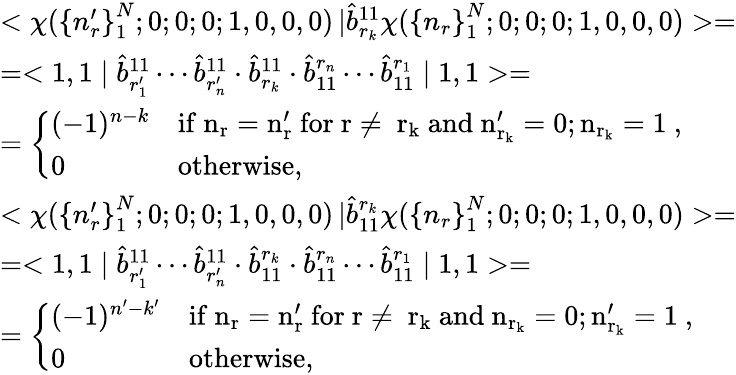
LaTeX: \begin{array}{l}{{<\chi({\{ n_{r}^{\prime}\} }_{1}^{N};0;0;0;1,0,0,0)\left|\right.\hat{b}_{r_{k}}^{11}\chi({\{ n_{r}\} }_{1}^{N};0;0;0;1,0,0,0)>=}}\\ {{=<1,1\mid\hat{b}_{r_{1}^{\prime}}^{11}\cdots\hat{b}_{r_{n}^{\prime}}^{11}\cdot\hat{b}_{r_{k}}^{11}\cdot\hat{b}_{11}^{r_{n}}\cdots\hat{b}_{11}^{r_{1}}\mid 1,1>=}}\\ {{=\left\{ \begin{array}{ll}{{(-1)^{n-k}}}&{{\mathrm{if~n_{r}=n_{r}^{\prime}~for~r\neq~r_{k}~and~n_{r_{k}}^{\prime}=0;n_{r_{k}}=1~},}}\\ {{0}}&{{\mathrm{otherwise},}}\end{array}\right.}}\\ {{<\chi({\{ n_{r}^{\prime}\} }_{1}^{N};0;0;0;1,0,0,0)\left|\right.\hat{b}_{11}^{r_{k}}\chi({\{ n_{r}\} }_{1}^{N};0;0;0;1,0,0,0)>=}}\\ {{=<1,1\mid\hat{b}_{r_{1}^{\prime}}^{11}\cdots\hat{b}_{r_{n}^{\prime}}^{11}\cdot\hat{b}_{11}^{r_{k}}\cdot\hat{b}_{11}^{r_{n}}\cdots\hat{b}_{11}^{r_{1}}\mid 1,1>=}}\\ {{=\left\{ \begin{array}{ll}{{(-1)^{n^{\prime}-k^{\prime}}}}&{{\mathrm{if~n_{r}=n_{r}^{\prime}~for~r\neq~r_{k}~and~n_{r_{k}}=0;n_{r_{k}}^{\prime}=1~},}}\\ {{0}}&{{\mathrm{otherwise},}}\end{array}\right.}}\end{array}